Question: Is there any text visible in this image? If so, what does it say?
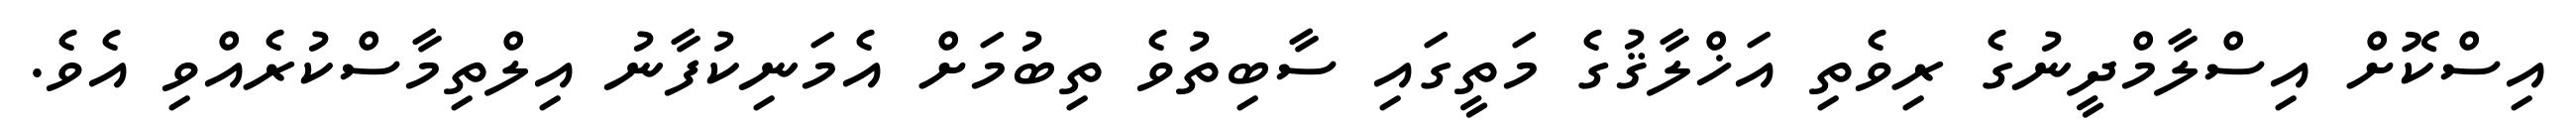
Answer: އިސްކޮށް އިސްލާމްދީނުގެ ރިވެތި އަޚްލާޤުގެ މަތީގައި ސާބިތުވެ ތިބުމަށް އެމަނިކުފާނު އިލްތިމާސްކުރެއްވި އެވެ.